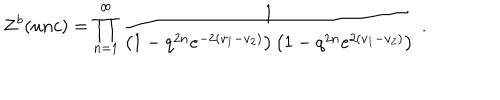
LaTeX: Z ^ { b } ( u n c ) = \prod _ { n = 1 } ^ { \infty } \frac 1 { \left( 1 - q ^ { 2 n } e ^ { - 2 ( v _ { 1 } - v _ { 2 } ) } \right) \left( 1 - q ^ { 2 n } e ^ { 2 ( v _ { 1 } - v _ { 2 } ) } \right) } \; .